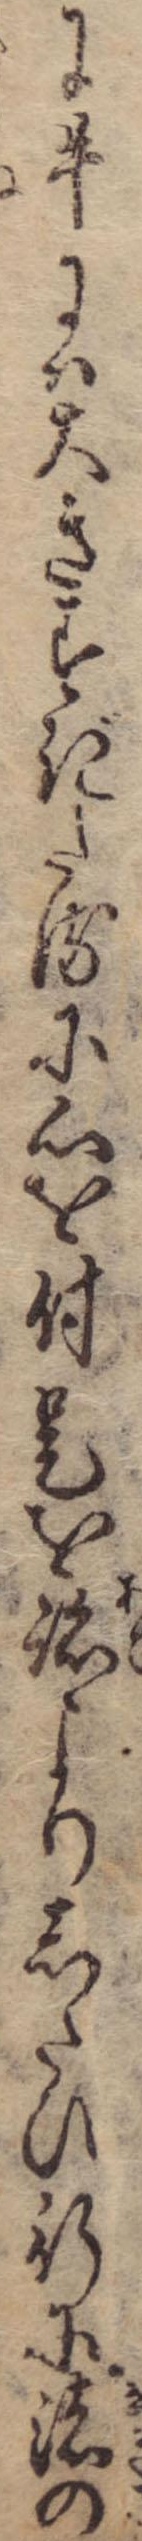
に牛には大きすぎたるに心を付是を跡よりしたひ行に渚の